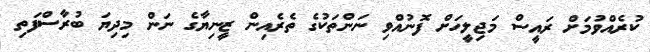
ކުރެއްވުމަށް ރައީސް މަޖިލީހަށް ފޮނުއްވި ނަންތަކުގެ ތެރެއިން ޒީނިޔާގެ ނަން މިދިޔަ ބުރާސްފަތި